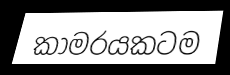
කාමරයකටම